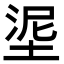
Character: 埿